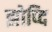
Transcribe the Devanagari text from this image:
झोप्दि